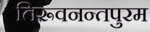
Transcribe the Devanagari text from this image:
तिरूवनन्तपुरम